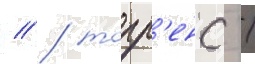
// / торр'енс /